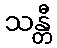
သန္တီ